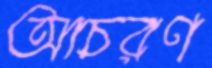
আচরণ